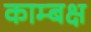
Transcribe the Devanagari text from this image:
काम्बक्ष